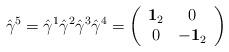
LaTeX: \begin{align*} \hat\gamma^5 = \hat\gamma^1\hat\gamma^2\hat\gamma^3\hat\gamma^4 =\left(\begin{array}{cc}{\bf 1}_2&0\\0&-{\bf 1}_2\end{array}\right)\end{align*}